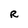
Character: R